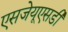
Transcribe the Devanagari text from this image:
एसजेयूएसडी